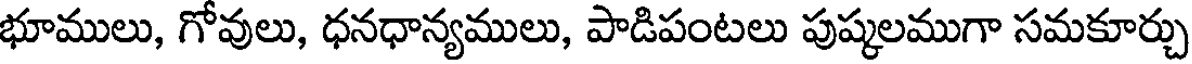
భూములు, గోవులు, ధనధాన్యములు, పాడిపంటలు పుష్కలముగా సమకూర్చు